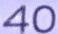
40